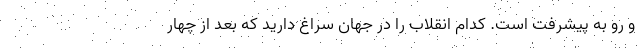
و رو به پیشرفت است. کدام انقلاب را در جهان سراغ دارید که بعد از چهار